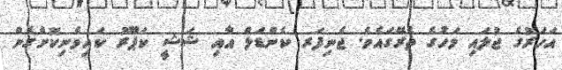
އަހަރުގެ ޖުލައި މަހުގެ ތެރޭގައެވެ. ޖެނިފަރ ކެންޑަލް އާއި ޝަޝީ ކަޕޫރު ކައިވެނިކޮށްގެން